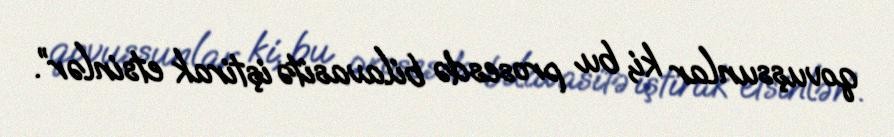
qovuşsunlar ki, bu prosesdə bilavasitə iştirak etsinlər”.